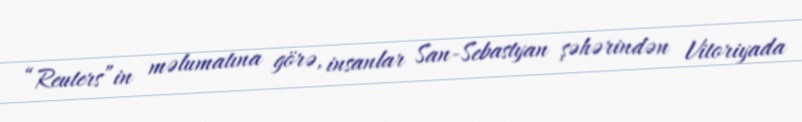
“Reuters”in məlumatına görə, insanlar San-Sebastyan şəhərindən Vitoriyada